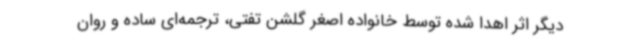
دیگر اثر اهدا شده توسط خانواده اصغر گلشن تفتی، ترجمه‌ای ساده و روان